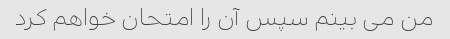
من می بینم سپس آن را امتحان خواهم کرد